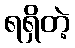
ရရှိတဲ့